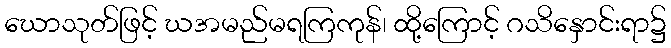
ဃောသုတ်ဖြင့် ဃအမည်မရကြကုန်၊ ထို့ကြောင့် ဂသိနှောင်းရာ၌